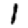
Digit: 1